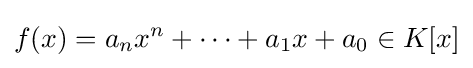
f(x)=a_{n}x^{n}+\cdots +a_{1}x+a_{0}\in K[x]